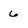
Character: 6